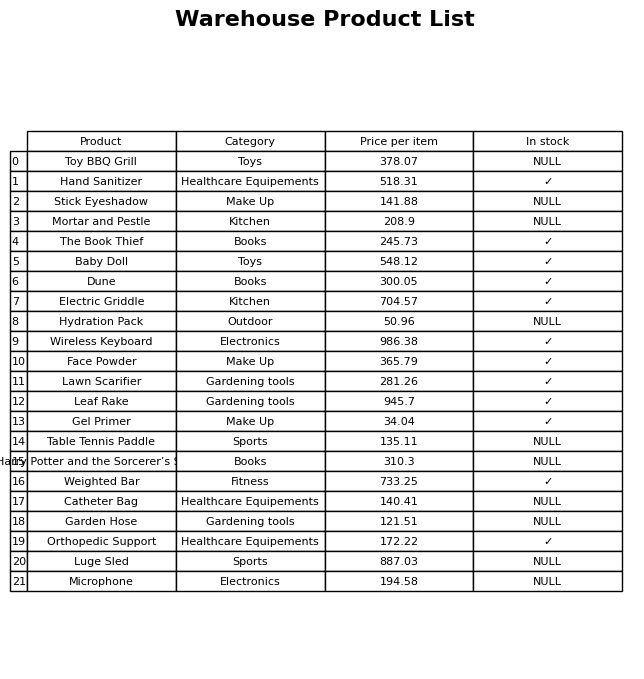
question: Is the Dune in stock?
answer: ✓